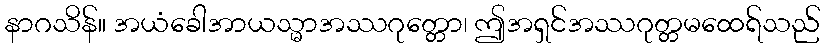
နာဂသိန်။ အယံခေါအာယသ္မာအဿဂုတ္တော၊ ဤအရှင်အဿဂုတ္တမထေရ်သည်